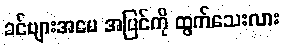
ခင်ဗျားအမေ အပြင်ကို ထွက်သေးလား